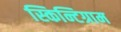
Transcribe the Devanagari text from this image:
स्किन्टिग्राम